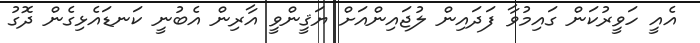
އެއީ ހަވީރުކަން ގައިމުވާ ފަދައިން ލުޖައިންއަށް ޔަޤީންވީ އާރިން އެބުނީ ކަނޑައެޅިގެން ދޮގު